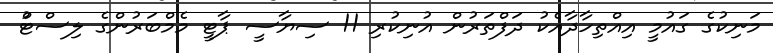
މަނިކުގެ ގައުމީ އިއްތިހާދާއެކު ދަފްތަރުން އުނިކުރި 11 ސިޔާސީ ޕާޓީ މެމްބަރުންގެ ލިސްޓްު